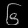
Digit: ၆